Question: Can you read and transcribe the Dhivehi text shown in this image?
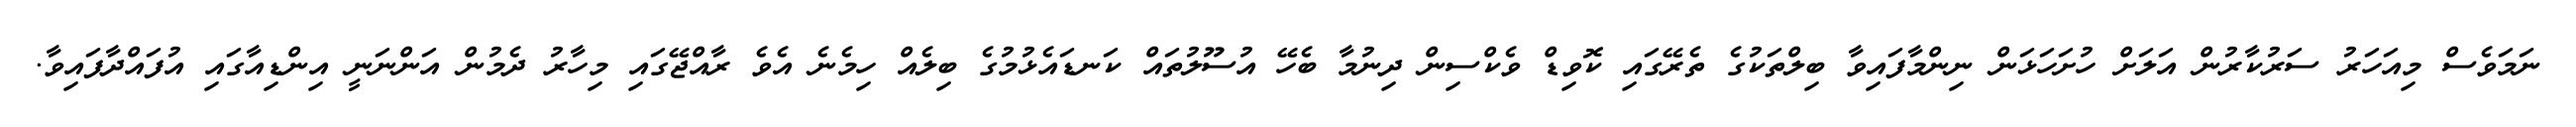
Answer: ނަމަވެސް މިއަހަރު ސަރުކާރުން އަލަށް ހުށަހަޅަން ނިންމާފައިވާ ބިލްތަކުގެ ތެރޭގައި ކޮވިޑް ވެކްސިން ދިނުމާ ބެހޭ އުސޫލުތައް ކަނޑައެޅުމުގެ ބިލެއް ހިމެނެ އެވެ ރާއްޖޭގައި މިހާރު ދެމުން އަންނަނީ އިންޑިއާގައި އުފައްދާފައިވާ.